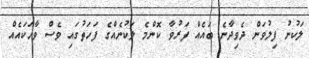
ލަކުނު ފިލުވަން ދެވިދާނެ ބައެއް ފަރުވާ ކޮންމެ ލަކުނެއްގެ ފަހަތުގައި ވެސް ވާހަކައެއް